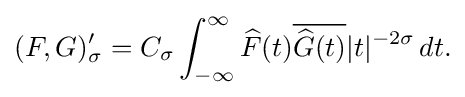
\displaystyle {(F,G)_{\sigma }^{\prime }=C_{\sigma }\int _{-\infty }^{\infty }{\widehat {F}}(t){\overline {{\widehat {G}}(t)}}|t|^{-2\sigma }\,dt.}